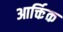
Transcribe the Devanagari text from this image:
आर्क्तिक